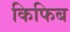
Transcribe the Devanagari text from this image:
किफिब